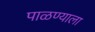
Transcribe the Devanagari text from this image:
पाळण्याला